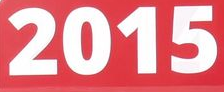
2015